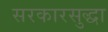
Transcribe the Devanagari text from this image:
सरकारसुद्धा